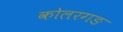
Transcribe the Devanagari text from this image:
कोलरगङ